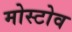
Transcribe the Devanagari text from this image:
मोस्टोव